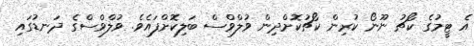
އެ ޓީމުގެ ކޯޗު ނޫނޯ ކުރިން ކޯޗުކޮށްދިން ވުލްވްސް ބަލިކޮށްފައެވެ. ވުލްވްސްގެ ދަނޑުގައި